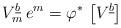
LaTeX: \begin{align*}V^{\underline{b}}_m \, e^m = \varphi^* \, \left[ V^{\underline{b}} \right]\end{align*}